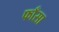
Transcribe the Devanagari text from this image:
फाँसा